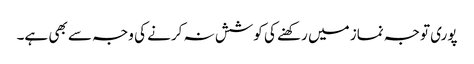
پوری توجہ نماز میں رکھنے کی کوشش نہ کرنے کی وجہ سے بھی ہے۔